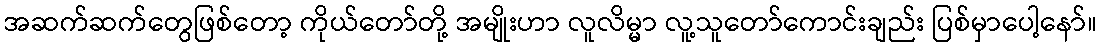
အဆက်ဆက်တွေဖြစ်တော့ ကိုယ်တော်တို့ အမျိုးဟာ လူလိမ္မာ လူ့သူတော်ကောင်းချည်း ပြစ်မှာပေါ့နော်။